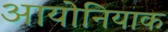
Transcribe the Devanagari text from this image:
आयोनियाक